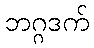
ဘဂ္ဂဒက်